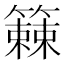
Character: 𫂧